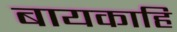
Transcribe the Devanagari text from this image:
बायकाहि